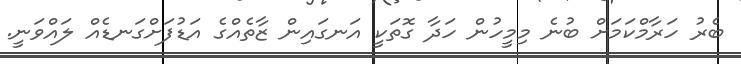
ބެރު ހަރާމްކަމަށް ބުނެ މިމީހުން ހަދާ ގޮތަކީ އަނގައިން ޒާތެއްގެ އަޑުފަށްގަނޑެއް ލައްވަނީ.